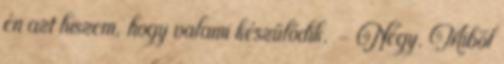
én azt hiszem, hogy valami készülődik. – Négy. Miből